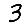
Digit: 3